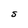
Character: S